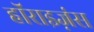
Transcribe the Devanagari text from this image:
हॉराइज़ंस